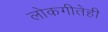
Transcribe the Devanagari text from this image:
लोकगीतेही